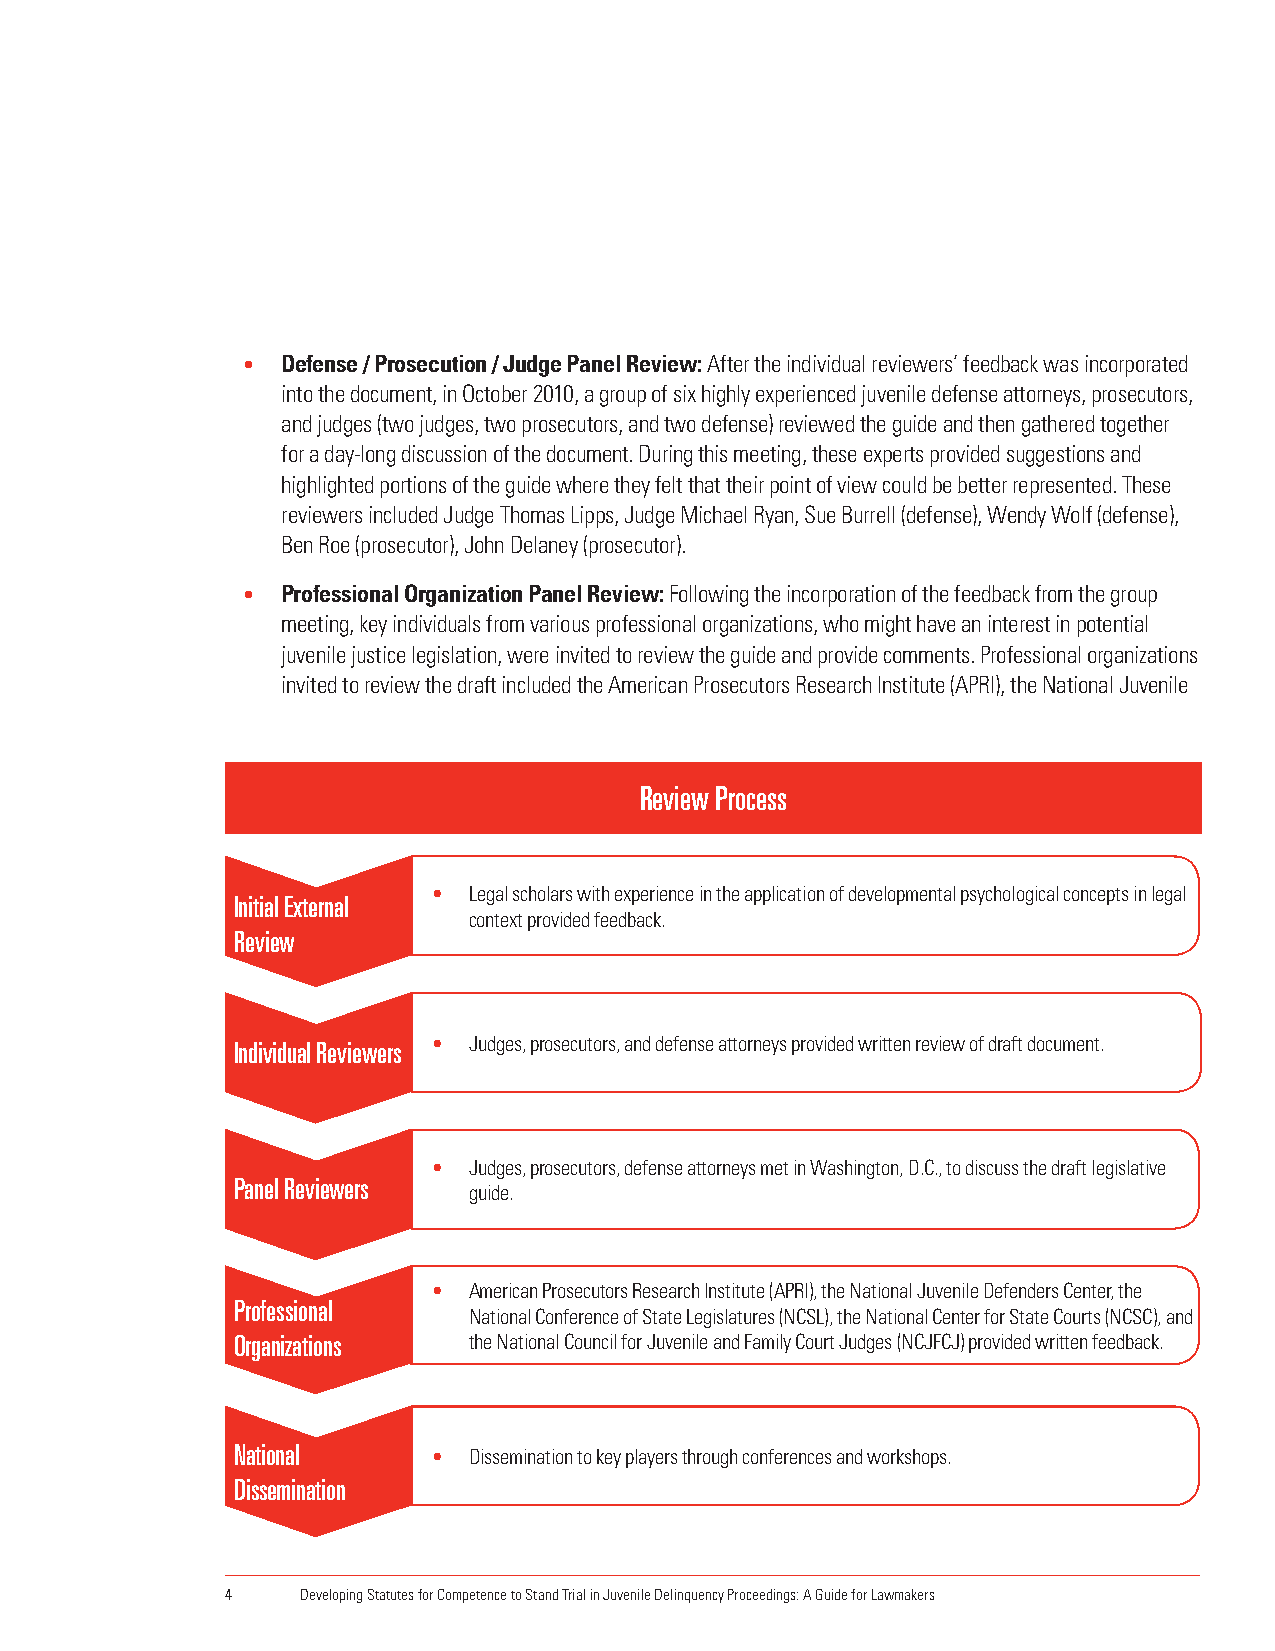
•  Defense / Prosecution / Judge Panel Review: After the individual reviewers’ feedback was incorporated
 into the document, in October 2010, a group of six highly experienced juvenile defense attorneys, prosecutors,
 and judges (two judges, two prosecutors, and two defense) reviewed the guide and then gathered together
 for a day-long discussion of the document. During this meeting, these experts provided suggestions and
 highlighted portions of the guide where they felt that their point of view could be better represented. These
 reviewers included Judge Thomas Lipps, Judge Michael Ryan, Sue Burrell (defense), Wendy Wolf (defense),
 Ben Roe (prosecutor), John Delaney (prosecutor).
 •  Professional Organization Panel Review: Following the incorporation of the feedback from the group
 meeting, key individuals from various professional organizations, who might have an interest in potential
 juvenile justice legislation, were invited to review the guide and provide comments. Professional organizations
 invited to review the draft included the American Prosecutors Research Institute (APRI), the National Juvenile
 Review Process
 • Legal scholars with experience in the application of developmental psychological concepts in legal
 Initial External
 context provided feedback.
 Review
 Individual Reviewers • Judges, prosecutors, and defense attorneys provided written review of draft document.
 • Judges, prosecutors, defense attorneys met in Washington, D.C., to discuss the draft legislative
 Panel Reviewers
 guide.
 • American Prosecutors Research Institute (APRI), the National Juvenile Defenders Center, the
 Professional
 National Conference of State Legislatures (NCSL), the National Center for State Courts (NCSC), and
 Organizations  the National Council for Juvenile and Family Court Judges (NCJFCJ) provided written feedback.
 National
 • Dissemination to key players through conferences and workshops.
 Dissemination
 4    Developing Statutes for Competence to Stand Trial in Juvenile Delinquency Proceedings: A Guide for Lawmakers